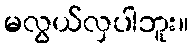
မလွယ်လှပါဘူး။